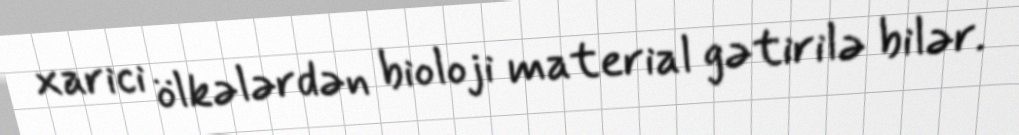
xarici ölkələrdən bioloji material gətirilə bilər.